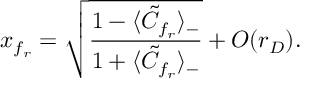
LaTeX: x _ { f _ { r } } = \sqrt { \frac { 1 - \langle \tilde { C } _ { f _ { r } } \rangle _ { - } } { 1 + \langle \tilde { C } _ { f _ { r } } \rangle _ { - } } } + { \cal O } ( r _ { D } ) .